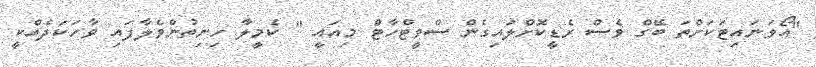
"އޯވަނައިޓަކަށްތަ ބޭގް ވެސް ރެޑީކޮށްލައިގެން ސްވީޓްހާޓް މިއައީ " ކެމީލާ ހިނިތުންވެލާފައި ވާހަކަދެއްކީ